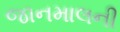
જાનમાલની